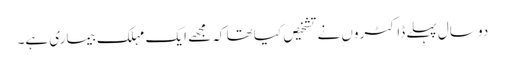
دو سال پہلے ڈاکٹروں نے تشخیص کیا تھا کہ مجھے ایک مہلک بیماری ہے۔